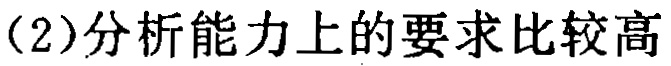
（2）分析能力上的要求比较高